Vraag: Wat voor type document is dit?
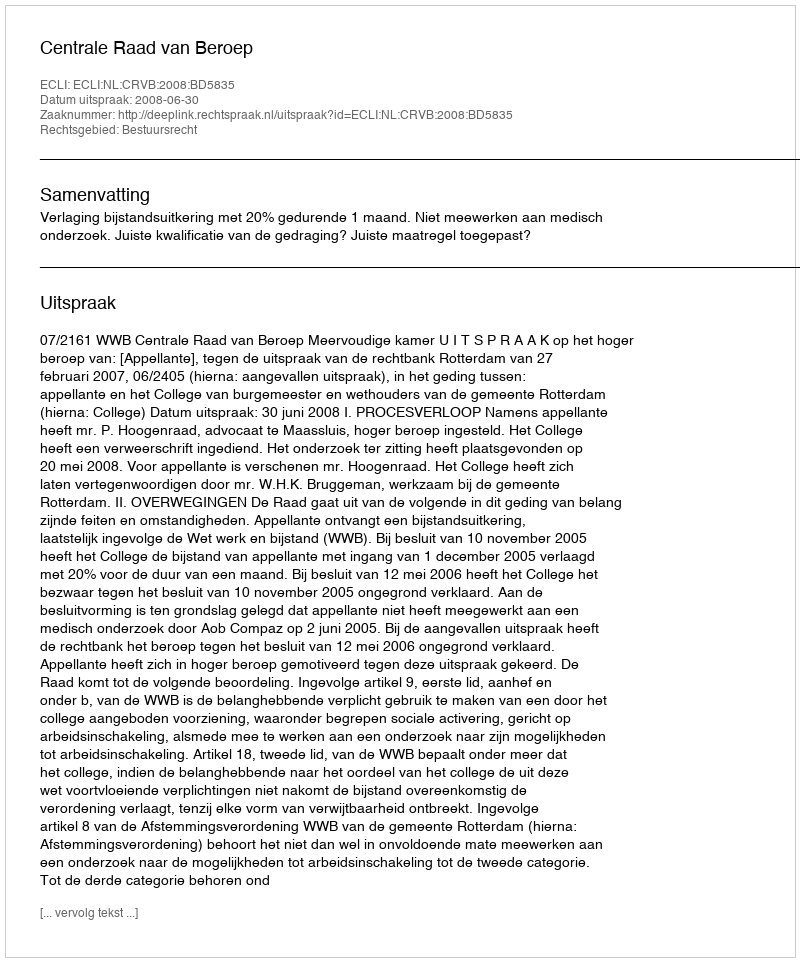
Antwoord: Uitspraak